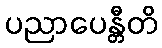
ပညာပေန္တီတိ